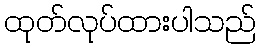
ထုတ်လုပ်ထားပါသည်